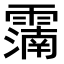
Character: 𩅠